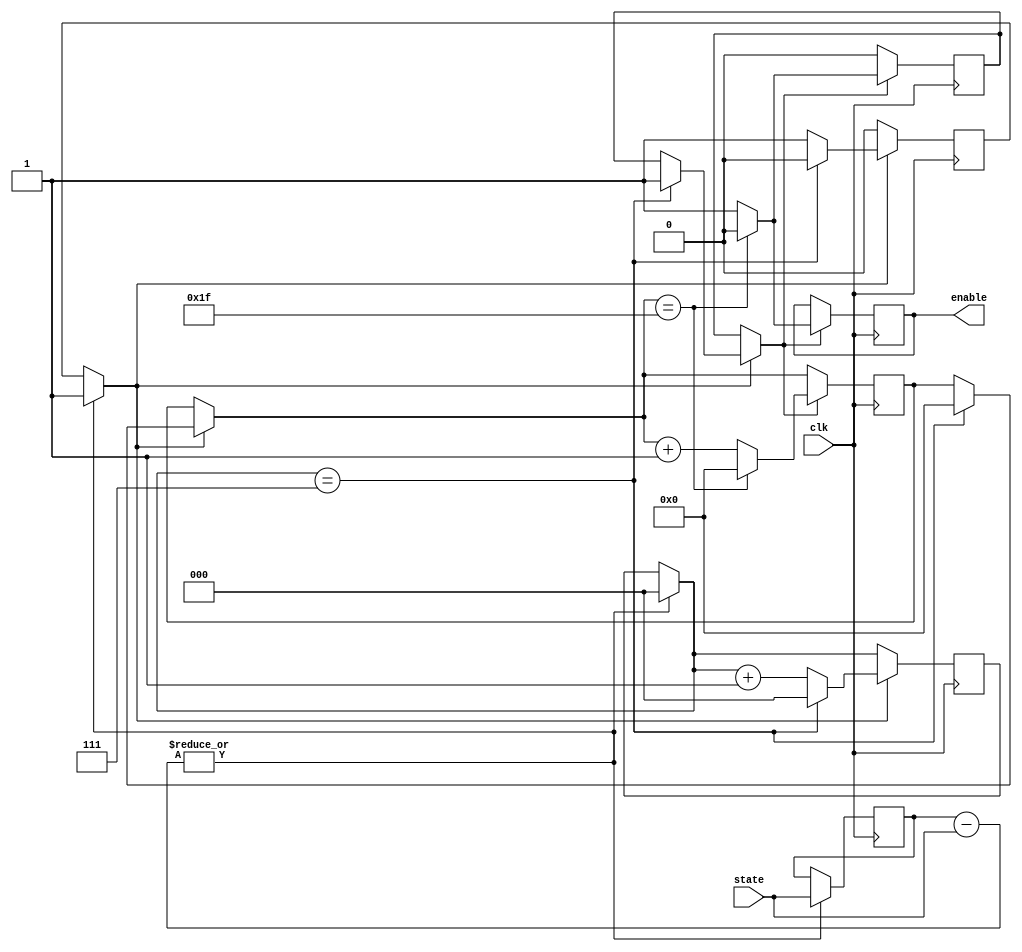
module driver (clk, state, enable);
/*
Listen for state changes; on such changes, wait a specified number
of clock cycles, and then trigger enable bit to indicate state change.
Because the CapBoardDecoder works on the enable level rather than the enable
edge, enable should be on for some period of time.  If enable is on
so long as to overlap with the next state change, this should not present a problem;
the CapBoardDecoders will then just make two consecutive changes.
*/

input clk;
input [6:0] state; //7 bit number to go on backplane logic bus
output enable; // gating signal telling listener boards when to update.
reg enableReg; //Signal to modify in procedural blocks corresponding to enable.

//Allow state to settle first for triggering enable.
reg [2:0] settleTimeCntr;
//Leave enable on for 31 clock cycles before resetting - give CapBoardDecoder a chance to make sure enable trigger is genuine.
reg [4:0] enableOnCntr;

reg settleTimeFlag; //Flag indicating whether we are waiting for state to settle.
reg enableOnFlag; //Flag indicating whether we are waiting for enable to finish its ON cycle after a settled state change.

reg [6:0] stateLast; //Store previous state to listen for changes.

//Wait times
parameter SETTLE_TIME=3'b111;
parameter ENABLE_ON_TIME=5'b11111;

initial begin
	stateLast=7'b0; //Initialize stateLast.
	settleTimeCntr=3'b0; //Initialize counter which increments while waiting for state to settle.
	enableOnCntr=5'b0; //Initialize counter which increments while leaving the state-change-enable flag bit on.
	settleTimeFlag=1'b0; //Initialize flag indicating that we are waiting for state to settle.
	enableOnFlag=1'b0; //Initialize flag indicating that we should leave the enable bit ON.
	
	//The compiler once reported that the enable was getting locked at 0;
	//now, it does not report this, and I don't know what changed.
	enableReg=1'b0; //Initialize enable bit to OFF.
	
end

//Listen for changes in state by comparing state between clock pulses.
always @(posedge clk) begin
	//If there is a state change, wait for a period, then trigger enable on
	//for a period, then turn off enable, update the stored state, and
	//continue listening.
	if(|(stateLast - state)) begin //If there is any difference between the the current and last state
		//Reset settle time and enable on counter - this is in case
		//there is another state change while we are waiting for state to settle.
		settleTimeCntr=3'b0;
		
		//Trigger flag for counting settle time
		settleTimeFlag=1'b1;
		
		stateLast=state; //Update state.
	end
	
	//If settleTimeFlag is ON, start incrementing counter
	//which determines the time since the last state change; if it
	//reaches its threshold value of 7, then the state is considered "stable"
	//after its last change, and we can turn on the ENABLE bit.
	if(settleTimeFlag) begin
		if(settleTimeCntr==SETTLE_TIME) begin
			settleTimeFlag=1'b0; //The state is settled - turn settle time wait flag off.
			enableOnFlag=1'b1; //Indicate that the ENABLE on time period should begin.
			settleTimeCntr=3'b0; //Zero counter.
			//Zero enable on counter - this is in case there are overlapping on-times
			//associated with state changes - make sure that the last state change
			//gets the full enable-on period.
			enableOnCntr=5'b0;
		end else settleTimeCntr=settleTimeCntr+3'b1; //Increment.
	end
	
	//If enableOnFlag is ON, start incrementing counter which determines
	//how long the enable bit has bin on.  Once it has been on for its
	//threshold period of time - when the enableOnCntr==31 - turn off
	//enable and its flag.
	if(enableOnFlag) begin
		if(enableOnCntr==ENABLE_ON_TIME) begin
			enableReg=1'b0; //Turn off enable bit.
			enableOnFlag=1'b0; //Enable doesn't need to be on any more.
			enableOnCntr=5'b0; //Zero counter.
		end else begin
			enableReg=1'b1; //Keep enable bit on.
			enableOnCntr=enableOnCntr+5'b1; //Increment.
		end
	end
end

assign enable=enableReg; //Tie actual enable output to the associated register variable.

endmodule